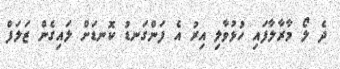
ދެ ލޯ މާރާލާފައި ހުޅުވާލި އިރު އެ ފަންގަނޑު ކޮނޑަށް ލައިގެން ޒަލަފް